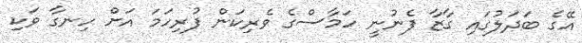
އޭގެ ބަދަލުގައި ގާޒާ ފެނުނީ ހަމާސްގެ ވެރިކަން ފުރިހަމަ އަށް ހިނގާ ވަކި